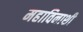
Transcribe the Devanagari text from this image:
महाविनाशी